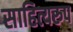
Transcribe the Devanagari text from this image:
साहित्यरुप